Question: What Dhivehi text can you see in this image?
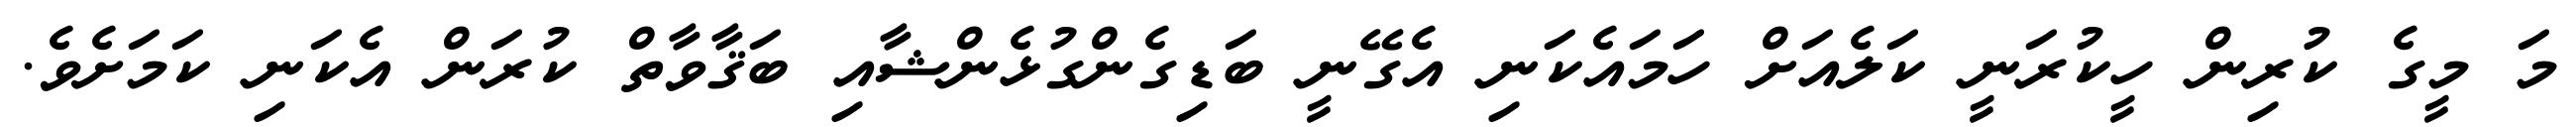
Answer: މަ މީގެ ކުރިން ހީކުރަނީ ކަލެއަށް ހަމައެކަނި އެގޭނީ ބަޑިގެންގުޅެންޝާއި ބަޤާވާތް ކުރަން އެކަނި ކަމަށެވެ.